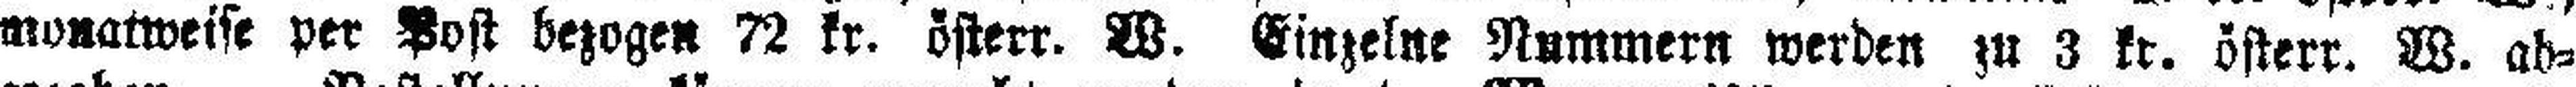
monatweise per Post bezogen 72 kr. österr. W. Einzelne Nummern werden zu 3 kr. österr. W. ab¬